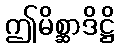
ဤမိစ္ဆာဒိဋ္ဌိ